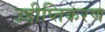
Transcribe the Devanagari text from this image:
उद्दीप्तिकरण